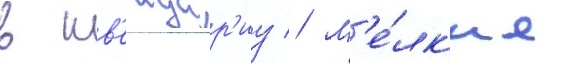
в шв'еицар'иу // М'е́лк'ие